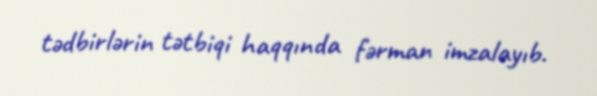
tədbirlərin tətbiqi haqqında fərman imzalayıb.